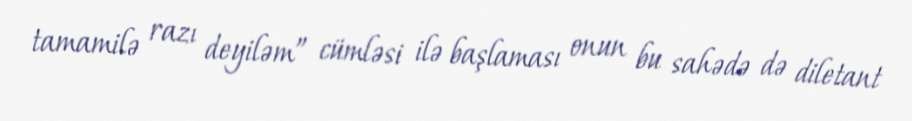
tamamilə razı deyiləm” cümləsi ilə başlaması onun bu sahədə də diletant